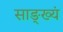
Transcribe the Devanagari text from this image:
साङ्ख्यं